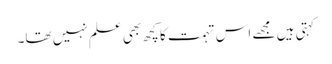
کہتی ہیں مجھے اس تہمت کا کچھ بھی علم نہیں تھا۔